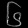
Digit: ၆